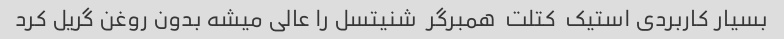
بسیار کاربردی استیک  کتلت  همبرگر  شنیتسل را عالی میشه بدون روغن گریل کرد